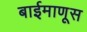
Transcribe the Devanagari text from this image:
बाईमाणूस